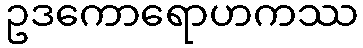
ဥဒကောရောဟကဿ